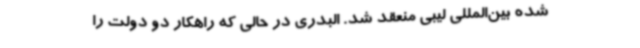
شده بین‌المللی لیبی منعقد شد. البدری در حالی که راهکار دو دولت را